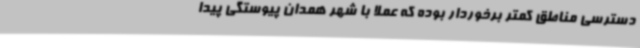
دسترسی مناطق کمتر برخوردار بوده که عملاً با شهر همدان پیوستگی پیدا